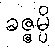
ခဇ္ဇမ္ပိ